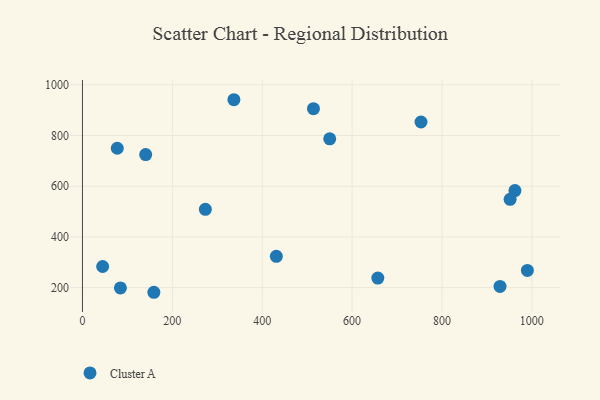
{"axis": {"x": "Distance", "y": "Fuel Efficiency"}, "legend": ["Cluster A"], "data": [{"x": "550.2", "y": 786.9, "type": "Cluster A"}, {"x": "77.5", "y": 749.8, "type": "Cluster A"}, {"x": "514.0", "y": 905.9, "type": "Cluster A"}, {"x": "962.3", "y": 582.7, "type": "Cluster A"}, {"x": "753.3", "y": 853.4, "type": "Cluster A"}, {"x": "44.9", "y": 283.3, "type": "Cluster A"}, {"x": "951.6", "y": 548.3, "type": "Cluster A"}, {"x": "273.5", "y": 509.0, "type": "Cluster A"}, {"x": "929.1", "y": 204.5, "type": "Cluster A"}, {"x": "990.0", "y": 267.9, "type": "Cluster A"}, {"x": "140.7", "y": 724.7, "type": "Cluster A"}, {"x": "84.5", "y": 198.7, "type": "Cluster A"}, {"x": "657.2", "y": 237.7, "type": "Cluster A"}, {"x": "431.4", "y": 323.3, "type": "Cluster A"}, {"x": "337.0", "y": 941.3, "type": "Cluster A"}, {"x": "158.9", "y": 181.6, "type": "Cluster A"}]}